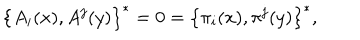
\left\{ A _ { i } ( x ) , A ^ { j } ( y ) \right\} ^ { * } = 0 = \left\{ \pi _ { i } ( x ) , \pi ^ { j } ( y ) \right\} ^ { * } ,